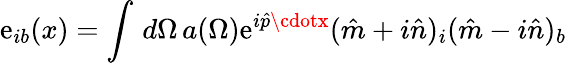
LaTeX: \mathrm{e}_{ib}(x)=\int\, d\Omega\, a(\Omega)\mathrm{e}^{i{\hat{{p}}}\cdotx}({\hat{{m}}}+i{\hat{{n}}})_{i}({\hat{{m}}}-i{\hat{{n}}})_{b}